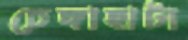
চেঙ্গাহাটা